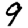
Digit: 9